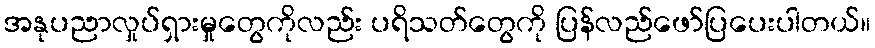
အနုပညာလှုပ်ရှားမှုတွေကိုလည်း ပရိသတ်တွေကို ပြန်လည်ဖော်ပြပေးပါတယ်။